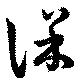
保